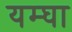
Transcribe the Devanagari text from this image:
यम्घा